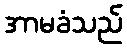
အာမခံသည်